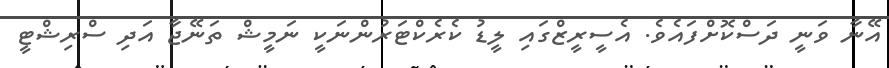
އޭނާ ވަނީ ދަސްކޮށްފައެވެ. އެސީރީޒްގައި ލީޑު ކެރެކްޓަރުންނަކީ ނަމީޝް ތަނޭޖާ އަދި ސްރިޝްޓީ